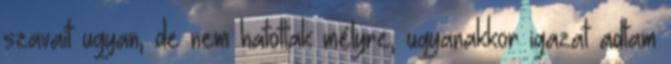
szavait ugyan, de nem hatottak mélyre, ugyanakkor igazat adtam